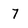
Character: 7